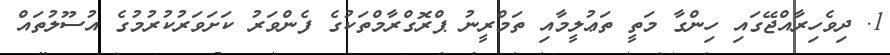
1. ދިވެހިރާއްޖޭގައި ހިންގާ މަތީ ތަޢުލީމާއި ތަމްރީނު ޕްރޮގްރާމްތަކުގެ ފެންވަރު ކަށަވަރުކުރުމުގެ އުސޫލުތައް